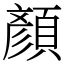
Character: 顏